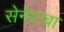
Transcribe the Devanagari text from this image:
सेनेटचा